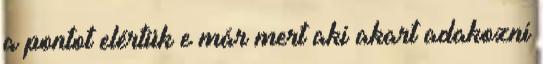
a pontot elértük e már mert aki akart adakozni